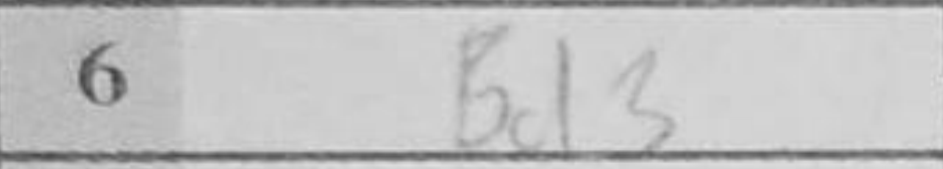
Transcription: Bd3